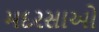
મદરસાઓ